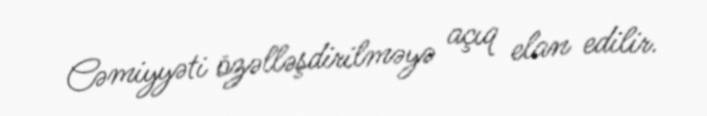
Cəmiyyəti özəlləşdirilməyə açıq elan edilir.